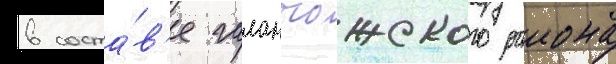
в соста́в'е галанчожского раиона